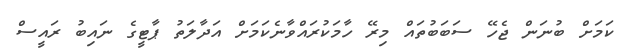
ކަމަށް ބުނަން ޖެހޭ ސަބަބުތައް މިރޭ ހާމަކުރައްވާނެކަމަށް އަދާލަތު ޕާޓީގެ ނައިބު ރައީސް